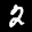
Label: 2